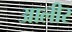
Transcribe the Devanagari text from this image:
आलीर